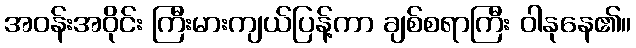
အဝန်းအဝိုင်း ကြီးမားကျယ်ပြန့်ကာ ချစ်စရာကြီး ဝါနုနေ၏။